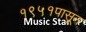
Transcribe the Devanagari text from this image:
१९५१पासून